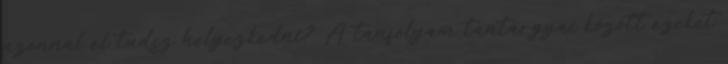
azonnal el tudsz helyezkedni? A tanfolyam tantárgyai között ezeket